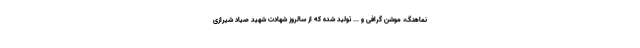
نماهنگ، موشن گرافی و ... تولید شده که از سالروز شهادت شهید صیاد شیرازی